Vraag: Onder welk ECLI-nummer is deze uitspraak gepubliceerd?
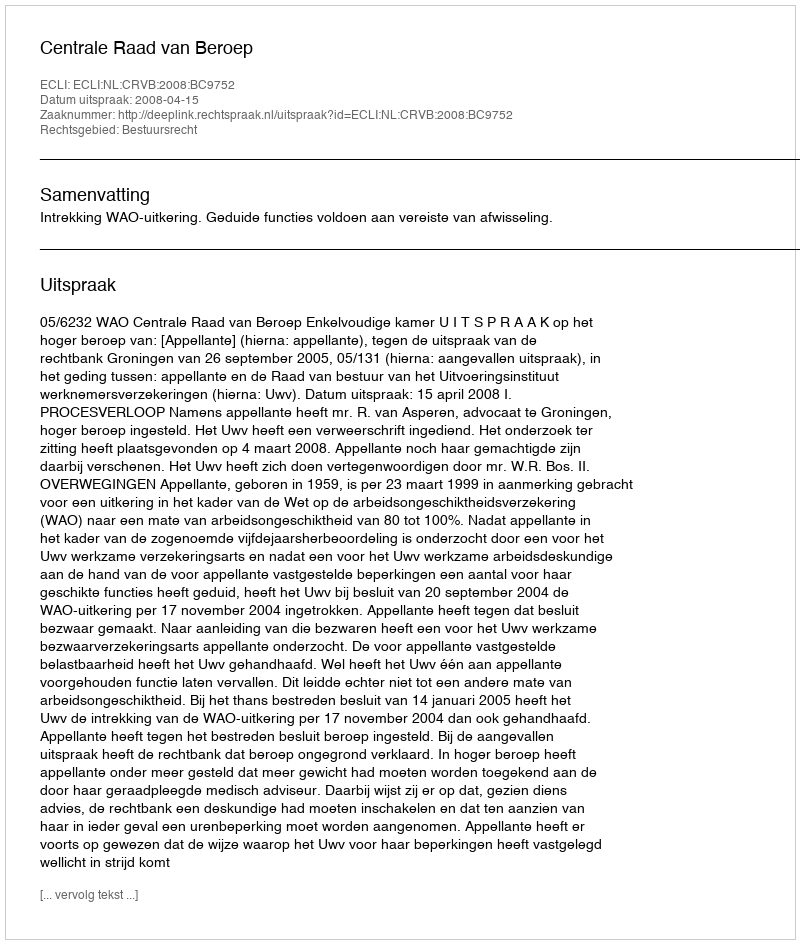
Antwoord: ECLI:NL:CRVB:2008:BC9752